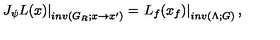
\left. J _ { \psi } L ( x ) \right| _ { i n v ( G _ { R } ; x \rightarrow x ^ { \prime } ) } = \left. L _ { f } ( x _ { f } ) \right| _ { i n v ( \Lambda ; G ) } ,